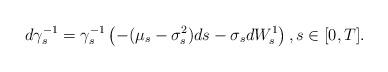
LaTeX: \begin{align*}d\gamma_s^{-1} = \gamma_s^{-1} \left( -(\mu_s-\sigma_s^2)ds - \sigma_s dW^1_s \right), s\in[0,T].\end{align*}